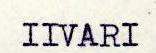
IIVARI